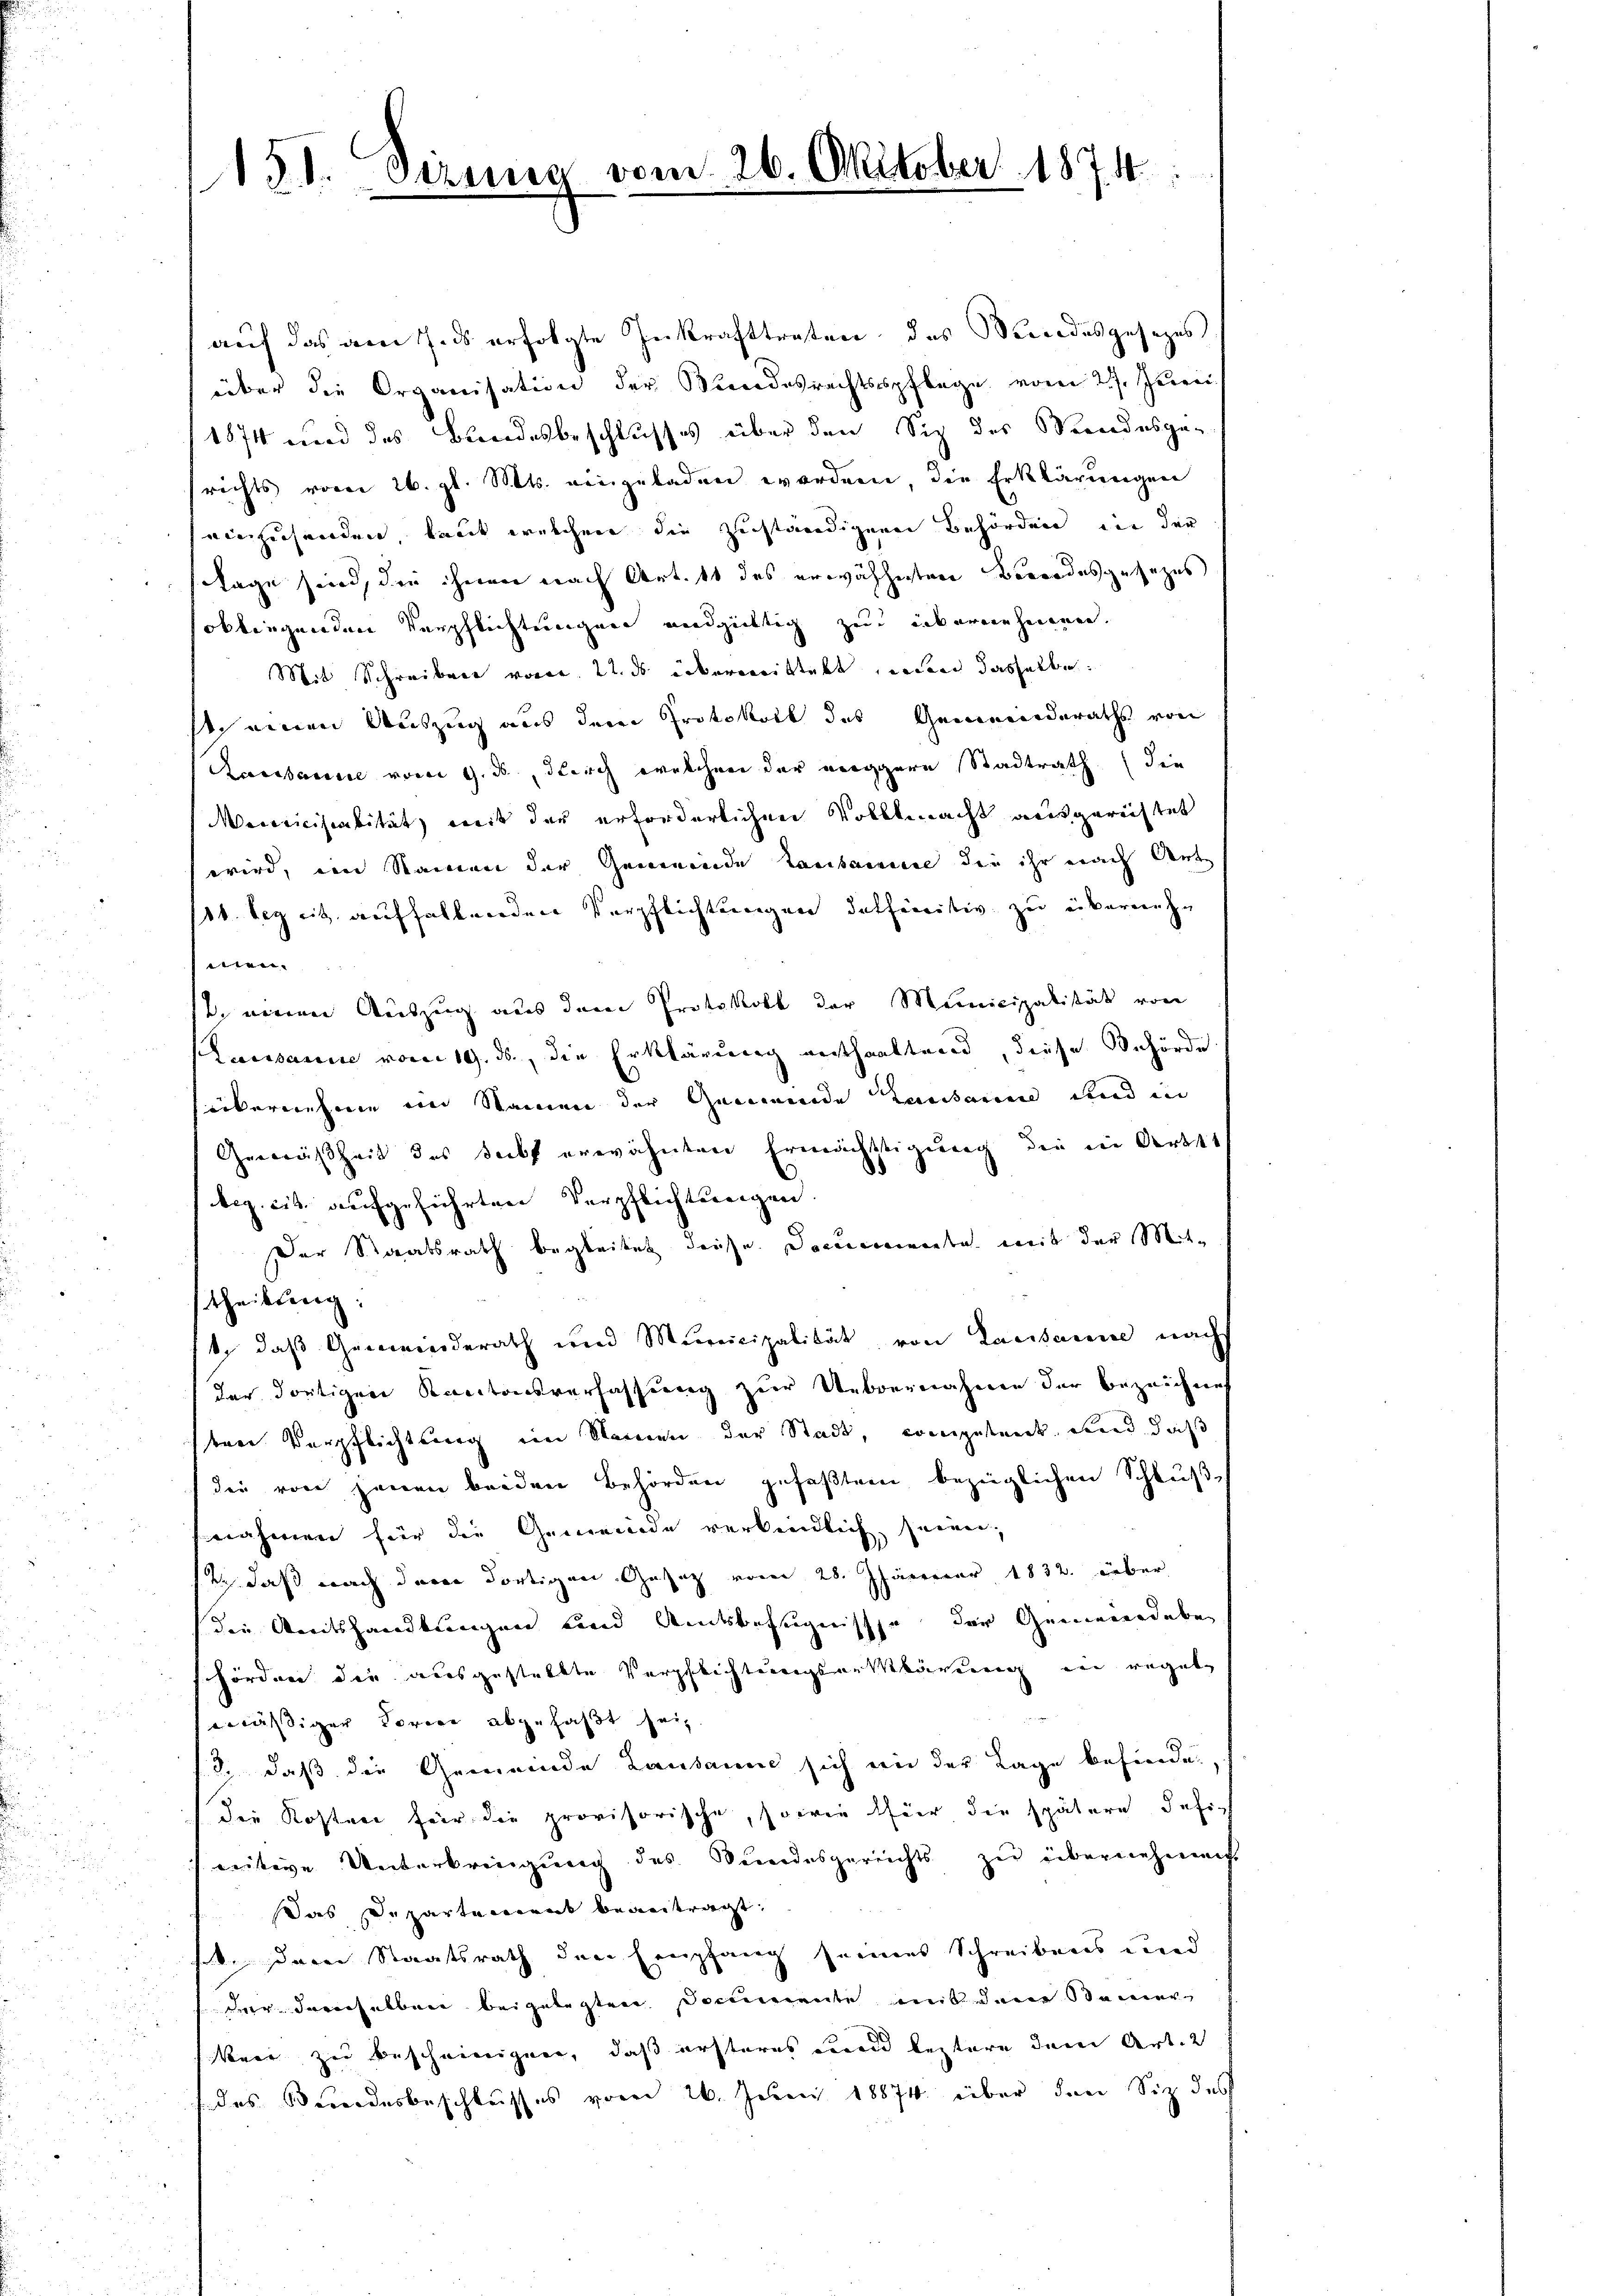
151. Gironia vom 26. Oktober 1874
m

auf das am 7. ds erfolgte Inkrafttreten, das Mundesgesezes
über die Organisation der Bundesrechtsspflege vom 27. Juni
1874 wird des Bundesbeschlusses über den Sich des Standesge-
richts vom 26. gl. Mts. eingeladen worden, die Erklärungen
einzusenden, laut welchen die zuständigenen Behörden, die der
tage sind, die ihnen nach Art. 11 des erwähnten Bewoodesgesezes
soblingenden Verpflichtungen undgültig zur unkornehmenen.
Mit Schreiben vom 22. ds übermittelt, wenn dasselbe
Ich einen Auszug aus dem Protokoll des Gemeinderaths von
Aaissance vom 9. ds, durch welchen der neggere Stadtrath die
Meiriciscalität, mit der erforderlichen Vollmacht ausgerichtet
wird, im Namen der Gemeinde Lausanne die ihr nach Art
/10. bezeit aufhaltenden Verpflichtungen deffinitiv zu übernehen
 meiner Auszug aus dem Protokoll der Municipalität von
Lausanne vom 19. ds., die Erklärung enthaltend, diese Behörde
übernehme im Namen der Gemeinde Lausanne und in
Gemäßheit des Sekt erwähnten Ermächtigung die in Ortes
bez. cit. aufgeführten Verpflichtungen.
Der Staatsrath begleitet diese Documente mit der Mittheilung:
1, daß Gemeinderath und Municipalität von Lausanne nach
der dortigen Kantonsverfassung zur Unbrennahmen der bezeichnet
ten Verpflichtung im Namen der Stadt, coingesandt und daß
die von jenen beiden Behörden gefaßtem bezüglichen Schlußnahmen für die Gemeinde verbindlich seinen,
2., daß nach der dortigen Gesetz vom 28. Jänner 1832. über
die Reitshandlungen Land Amtsbefugnisse der Gemeindebe
hörden die ausgestellte Verpflichtungserklärung in regel
lässiger Torie abgefaßt sein.
/2, daß die Gemeinde Lausanne sich ein der Lage befinde.
der Kosten für die provisorische, sowie für die spätere definitive Unterbringung des Bundesgerichts zu übernehmen.
Das Departement beantragt,
felle der Staatsrath den Empfang seines Schreibens und
der Daverselben beigelegten Documente mit dem Seiner
eer zu bescheinigen, daß ersteres und leztere dem Art. 2
 des Bundesbeschlusses vom 26. Juni 18874 über den Siz des